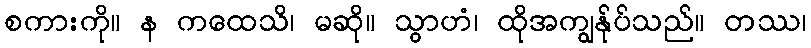
စကားကို။ န ကထေသိ၊ မဆို။ သွာဟံ၊ ထိုအကျွန်ုပ်သည်။ တဿ၊